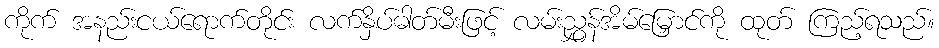
ကိုက် အနည်းငယ်ရောက်တိုင်း လက်နှိပ်ဓါတ်မီးဖြင့် လမ်းညွှန်အိမ်မြှောင်ကို ထုတ် ကြည့်ရသည်။